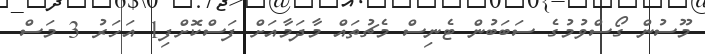
މޫސުން ގޯސްވުމުގެ ސަބަބުން ޓެނިސް މެޗުތައް މާދަމާއަށް ފަސްކޮށްފި1 އަހަރު 3 މަސް